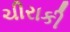
ચીરાકી